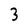
Character: 3